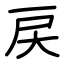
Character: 戻